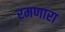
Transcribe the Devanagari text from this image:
रमणारा